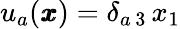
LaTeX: u_{a}({\pmb x})=\delta_{a\, 3}\, x_{1}